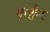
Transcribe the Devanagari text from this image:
कुर्कुर